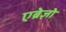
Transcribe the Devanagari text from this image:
एब्रेज़ो